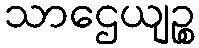
သာဌေယျဉ္စ